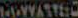
WWW.STED